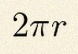
2\pi r